Scottish Leaving Certificate Examination, 1956
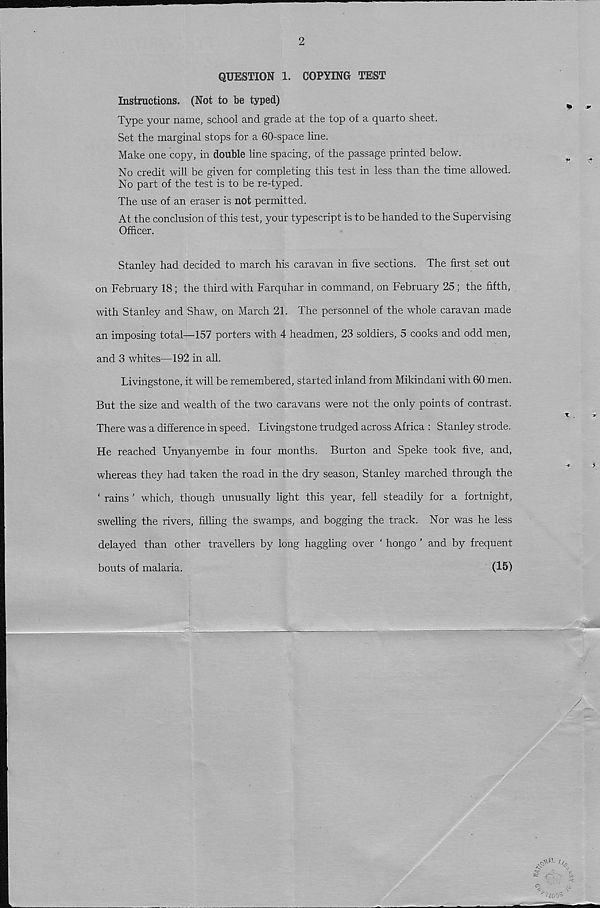
2
QUESTION 1. COPYING TEST
Instructions. (Not to be typed)
Type your name, school and grade at the top of a quarto sheet.
Set the marginal stops for a 60-space line.
Make one copy, in double line spacing, of the passage printed below.
No credit will be given for completing this test in less than the time allowed.
No part of the test is to be re-typed.
The use of an eraser is not permitted.
At the conclusion of this test, your typescript is to be handed to the Supervising
Officer.
Stanley had decided to march his caravan in five sections. The first set out
on February 18; the third with Farquhar in command, on February 25 ; the fifth,
with Stanley and Shaw, on March 21. The personnel of the whole caravan made
an imposing total—157 porters with 4 headmen, 23 soldiers, 5 cooks and odd men,
and 3 whites—192 in all.
Livingstone, it will be remembered, started inland from Mikindani with 60 men.
But the size and wealth of the two caravans were not the only points of contrast.
There was a difference in speed. Livingstone trudged across Africa : Stanley strode.
He reached Unyanyembe in four months. Burton and Speke took five, and,
whereas they had taken the road in the dry season, Stanley marched through the
1 rains ’ which, though unusually light this year, fell steadily for a fortnight,
swelling the rivers, filling the swamps, and bogging the track. Nor was he less
delayed than other travellers by long haggling over ‘ hongo ’ and by frequent
bouts of malaria.
(15)